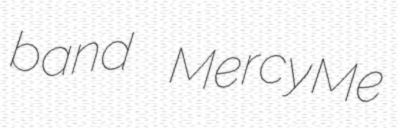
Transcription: band MercyMe